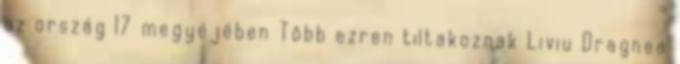
az ország 17 megyéjében Több ezren tiltakoznak Liviu Dragnea